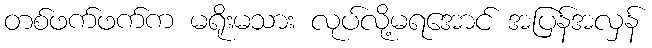
တစ်ဖက်ဖက်က မရိုးမသား လုပ်လို့မရအောင် အပြန်အလှန်